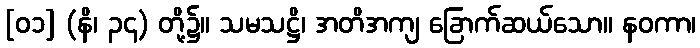
[၀၁] (နိ၊ ၃၄) တို့၌။ သမသဋ္ဌိ၊ အတိအကျ ခြောက်ဆယ်သော။ နဝကာ၊